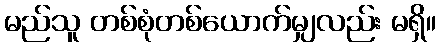
မည်သူ တစ်စုံတစ်ယောက်မျှလည်း မရှိ။